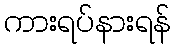
ကားရပ်နားရန်